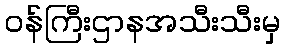
ဝန်ကြီးဌာနအသီးသီးမှ